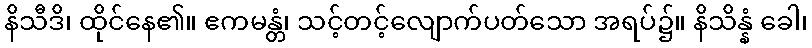
နိသီဒိ၊ ထိုင်နေ၏။ ဧကမန္တံ၊ သင့်တင့်လျောက်ပတ်သော အရပ်၌။ နိသိန္နံ ခေါ၊